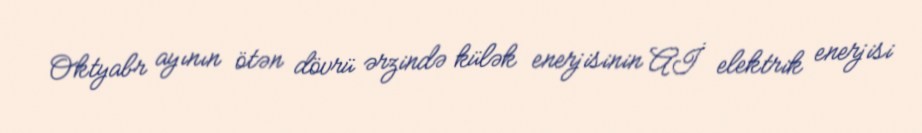
Oktyabr ayının ötən dövrü ərzində külək enerjisinin Aİ elektrik enerjisi